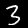
Label: 3